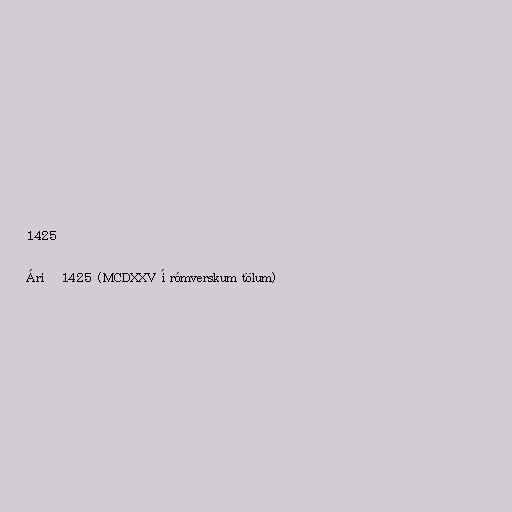
1425

Árið 1425 (MCDXXV í rómverskum tölum)